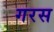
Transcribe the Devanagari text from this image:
गरस